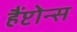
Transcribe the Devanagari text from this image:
हैंप्टोन्स